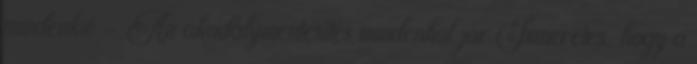
mindenkié - Az akadálymentesítés mindenhol jár Ismeretes, hogy a